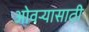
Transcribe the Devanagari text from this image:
ओवऱ्यासाठी